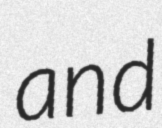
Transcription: and